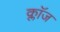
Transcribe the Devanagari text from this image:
क्लाॅज